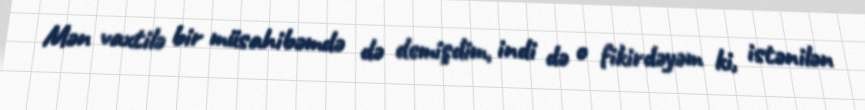
Mən vaxtilə bir müsahibəmdə də demişdim, indi də o fikirdəyəm ki, istənilən